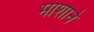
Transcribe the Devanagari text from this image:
माशाने